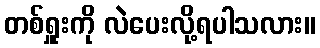
တစ်ရှူးကို လဲပေးလို့ရပါသလား။